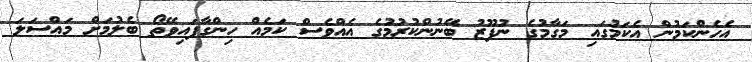
އެހެންކަމުން އެކަމުގައި މަގާމުގެ ނުފޫޒު ބޭނުންކުރުމުގެ އެއްވެސް ކަމެއް ހިންގާފައިވޭތޯ ބެލުމަށް މައްސަލަ